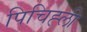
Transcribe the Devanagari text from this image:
पिचिह्ली